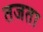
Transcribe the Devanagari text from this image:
तजता